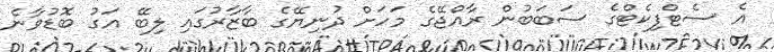
އެ ސެޓްފިކެޓްގެ ސަބަބުން ރާއްޖޭގެ މަހަށް ދުނިޔޭގެ ބާޒާރުގައި ލިބޭ އަގު ބޮޑުވާނެ